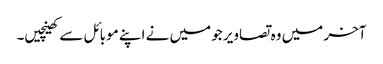
آخر میں وہ تصاویر جو میں نے اپنے موبائل سے کھینچیں۔